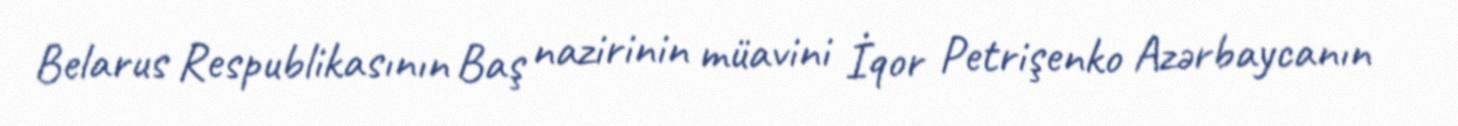
Belarus Respublikasının Baş nazirinin müavini İqor Petrişenko Azərbaycanın